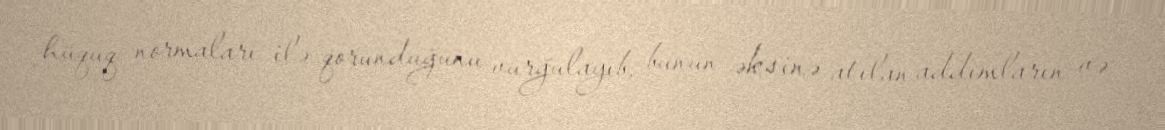
hüquq normaları ilə qorunduğunu vurğulayıb, bunun əksinə atılan addımların və